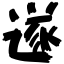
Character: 遂